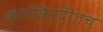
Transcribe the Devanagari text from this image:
कारकिर्दीतच